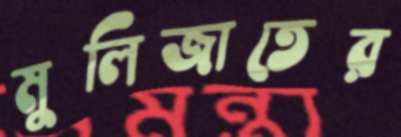
মুলিজাতের